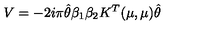
V = - 2 i \pi \hat { \theta } \beta _ { 1 } \beta _ { 2 } K ^ { T } ( \mu , \mu ) \hat { \theta }